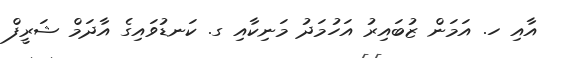
އާއި ހ. އަމަން ޒުބައިރު އަހުމަދު މަނިކާއި ގ. ކަނޑުވައިގެ އާދަމް ޝަރީފް